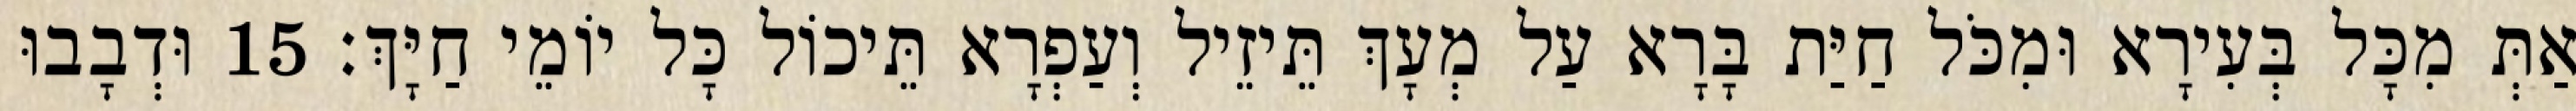
אַתְּ מִכָּל בְּעִירָא וּמִכֹּל חַיַּת בָּרָא עַל מְעָךְ תֵּיזֵיל וְעַפְרָא תֵּיכוֹל כָּל יוֹמֵי חַיָּךְ׃ 15 וּדְבָבוּ